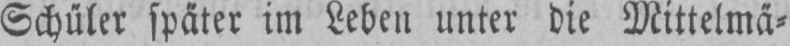
Schüler später im Leben unter die Mittelmä⸗